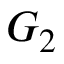
G _ { 2 }